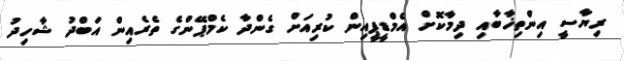
ރިޔާސީ އިންތިޚާބާއި ދިމާކޮށް އެމްޑީޕީއިން ކުރިއަށް ގެންދާ ކެމްޕޭންގެ ތެރެއިން އަބްދު ޝާހިދު